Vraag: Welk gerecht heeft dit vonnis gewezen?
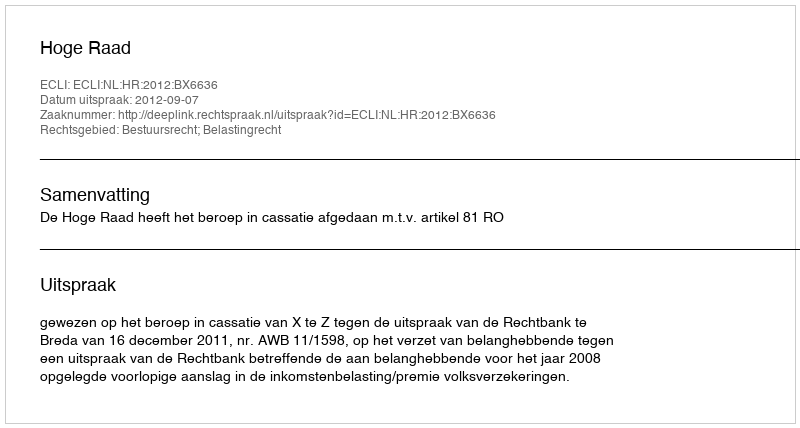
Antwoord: Hoge Raad